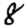
Digit: 8